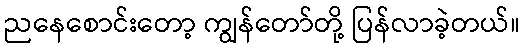
ညနေစောင်းတော့ ကျွန်တော်တို့ ပြန်လာခဲ့တယ်။